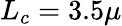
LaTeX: L_{c}=3.5\mu